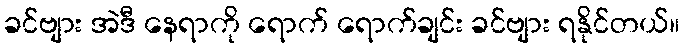
ခင်ဗျား အဲဒီ နေရာကို ရောက် ရောက်ချင်း ခင်ဗျား ရနိုင်တယ်။